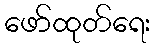
ဖော်ထုတ်ရေး